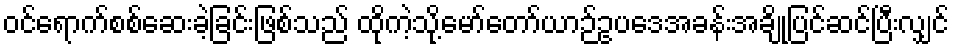
ဝင်ရောက်စစ်ဆေးခဲ့ခြင်းဖြစ်သည် ထိုကဲ့သို့မော်တော်ယာဉ်ဥပဒေအခန်းအချို့ပြင်ဆင်ပြီးလျှင်